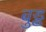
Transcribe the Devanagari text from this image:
बुड्ढ